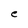
Character: e